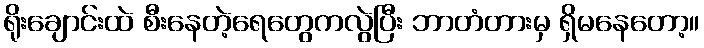
ရိုးချောင်းထဲ စီးနေတဲ့ရေတွေကလွဲပြီး ဘာတံတားမှ ရှိမနေတော့။